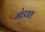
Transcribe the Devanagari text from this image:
मोहवश